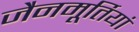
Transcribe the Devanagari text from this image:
जैनमूर्तियां